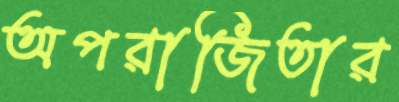
অপরাজিতার